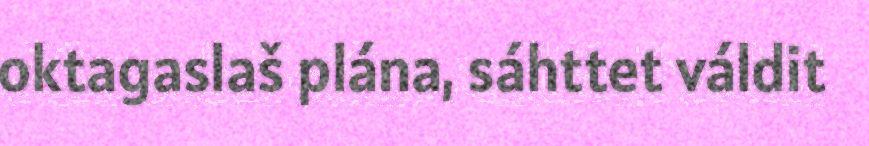
oktagaslaš plána, sáhttet váldit